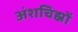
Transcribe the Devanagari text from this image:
अंशचिह्नों